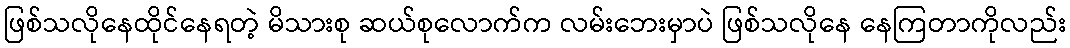
ဖြစ်သလိုနေထိုင်နေရတဲ့ မိသားစု ဆယ်စုလောက်က လမ်းဘေးမှာပဲ ဖြစ်သလိုနေ နေကြတာကိုလည်း